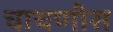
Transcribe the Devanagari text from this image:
चाचणीस